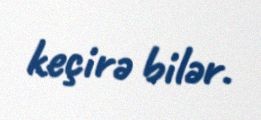
keçirə bilər.